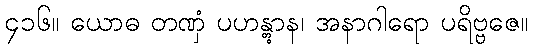
၄၁၆။ ယောဓ တဏှံ ပဟန္တွာန၊ အနာဂါရော ပရိဗ္ဗဇေ။